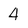
Character: 4